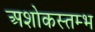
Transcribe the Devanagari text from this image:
अशोकस्तम्भ